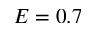
E = 0 . 7